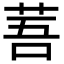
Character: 䓊